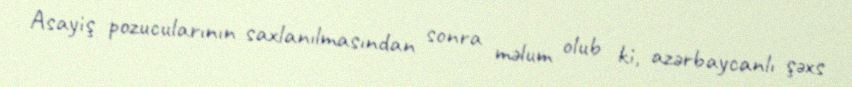
Asayiş pozucularının saxlanılmasından sonra məlum olub ki, azərbaycanlı şəxs